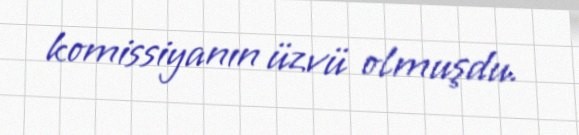
komissiyanın üzvü olmuşdu.